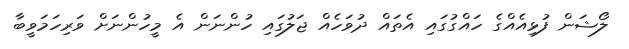
ލޯޝަން ފުޅިއެއްގެ ހައްގުގައި އެތައް ދުވަހެއް ޖަލުގައި ހުންނަން އެ މީހުންނަށް ވަރިހަމަވީބާ